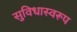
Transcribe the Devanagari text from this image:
सुविधास्वरूप